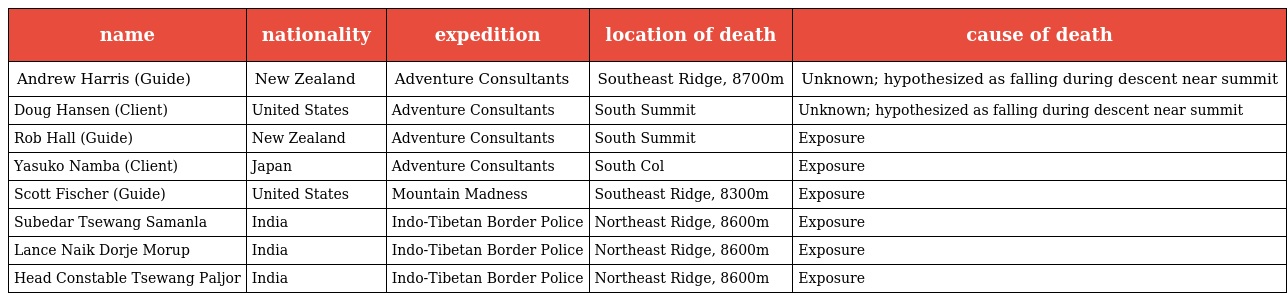
| name | nationality | expedition | location of death | cause of death |
 | --- | --- | --- | --- | --- |
 | Andrew Harris (Guide) | New Zealand | Adventure Consultants | Southeast Ridge, 8700m | Unknown; hypothesized as falling during descent near summit |
 | Doug Hansen (Client) | United States | Adventure Consultants | South Summit | Unknown; hypothesized as falling during descent near summit |
 | Rob Hall (Guide) | New Zealand | Adventure Consultants | South Summit | Exposure |
 | Yasuko Namba (Client) | Japan | Adventure Consultants | South Col | Exposure |
 | Scott Fischer (Guide) | United States | Mountain Madness | Southeast Ridge, 8300m | Exposure |
 | Subedar Tsewang Samanla | India | Indo-Tibetan Border Police | Northeast Ridge, 8600m | Exposure |
 | Lance Naik Dorje Morup | India | Indo-Tibetan Border Police | Northeast Ridge, 8600m | Exposure |
 | Head Constable Tsewang Paljor | India | Indo-Tibetan Border Police | Northeast Ridge, 8600m | Exposure |